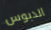
الدبوس